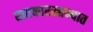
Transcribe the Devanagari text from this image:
खतकारखान्यात